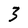
Character: 3